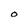
Character: 0